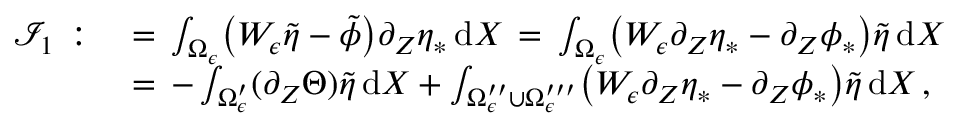
\begin{array} { r l } { \mathcal { I } _ { 1 } \, : } & { { } = \, \int _ { \Omega _ { \epsilon } } \bigl ( W _ { \epsilon } \tilde { \eta } - \tilde { \phi } \bigr ) \partial _ { Z } \eta _ { * } \, \mathrm { d } X \, = \, \int _ { \Omega _ { \epsilon } } \bigl ( W _ { \epsilon } \partial _ { Z } \eta _ { * } - \partial _ { Z } \phi _ { * } \bigr ) \tilde { \eta } \, \mathrm { d } X } \\ { \, } & { { } = \, - \int _ { \Omega _ { \epsilon } ^ { \prime } } ( \partial _ { Z } \Theta ) \tilde { \eta } \, \mathrm { d } X + \int _ { \Omega _ { \epsilon } ^ { \prime \prime } \cup \Omega _ { \epsilon } ^ { \prime \prime \prime } } \bigl ( W _ { \epsilon } \partial _ { Z } \eta _ { * } - \partial _ { Z } \phi _ { * } \bigr ) \tilde { \eta } \, \mathrm { d } X \, , } \end{array}